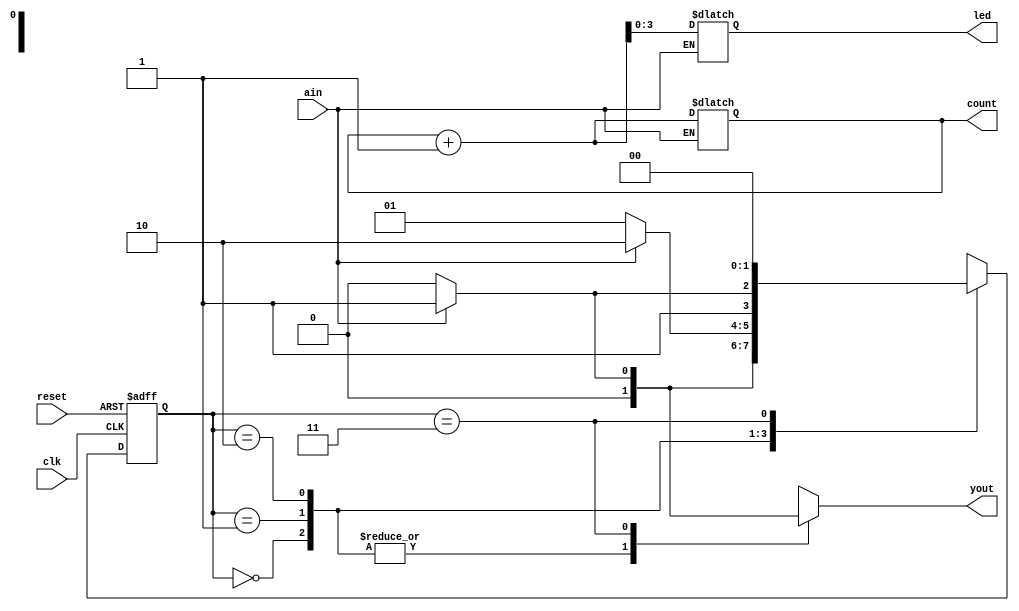
`timescale 10ns/1ns

module xilinx_assignment_mealy(ain, yout, clk, count, reset, led);
	input clk, reset, ain;
	output reg yout;
	output reg [0:7] count = 0;
	output reg [0:3] led;
	parameter s0 = 0, s1 = 1, s2 = 2, s3 = 3;
	reg [0:1] PS, NS;
	
always @(posedge clk or posedge reset)
	begin
		if(reset) PS <= s0;
		else	  PS <= NS;
	end
	
always @(PS,ain)
	begin
		case (PS)
			s0 : begin
				 yout <= ain ? 0 : 0;
				 NS <= ain ? s1 : s0;
				 end
			s1 : begin
				 yout <= ain ? 0 : 0;
				 NS <= ain ? s2 : s1;
				 end
			s2 : begin
				 yout <= ain ? 0 : 0;
				 NS <= ain ? s3 : s2;
				 end
			s3 : begin
				 yout <= ain ? 1 : 0;
				 NS <= ain ? s0 : s0;
				 end
		endcase
	end
	
always @(PS)
	if(ain == 1)
		begin
			count = count + 1;
			led <= count;
		end
		
endmodule